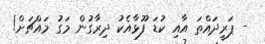
- ޕަރީދައްތަ އާއި ކުޑަ ފޫޅާއެކު ދިރާގުން މަގު މައްޗަށް!